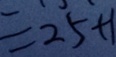
= 2 5 + 1